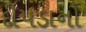
દીપડાનો